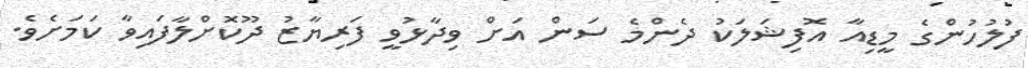
ފުލުހުންގެ މީޑިއާ އޮފިޝަލަކު ދެންމެ ސަން އަށް ވިދާޅުވީ ފަރިޔާޒު ދޫކޮށްލާފައިވާ ކަމަށެވެ.